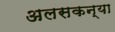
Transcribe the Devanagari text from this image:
अलसकन्या